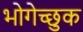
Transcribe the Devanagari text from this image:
भोगेच्छुक